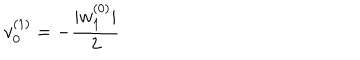
v _ { 0 } ^ { ( 1 ) } = - \frac { | w _ { 1 } ^ { ( 0 ) } | } { 2 }